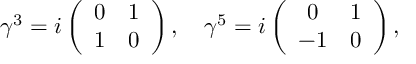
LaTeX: \gamma ^ { 3 } = i \left( \begin{array} { c c } { { 0 } } & { { 1 } } \\ { { 1 } } & { { 0 } } \end{array} \right) , \quad \gamma ^ { 5 } = i \left( \begin{array} { c c } { { 0 } } & { { 1 } } \\ { { - 1 } } & { { 0 } } \end{array} \right) ,